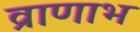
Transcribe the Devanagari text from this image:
व्राणाभ